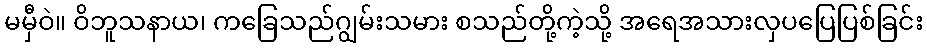
မမှီဝဲ။ ဝိဘူသနာယ၊ ကခြေသည်ဂျွမ်းသမား စသည်တို့ကဲ့သို့ အရေအသားလှပပြေပြစ်ခြင်း